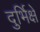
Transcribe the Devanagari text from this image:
दुर्भिक्षे